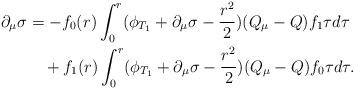
LaTeX: \begin{align*}\partial_\mu\sigma&=-f_0(r)\int_0^r(\phi_{T_1}+\partial_\mu\sigma-\frac{r^2}{2})(Q_\mu-Q)f_1\tau d\tau\\&\quad+f_1(r)\int_0^r (\phi_{T_1}+\partial_\mu\sigma-\frac{r^2}{2})(Q_\mu-Q)f_0\tau d\tau.\end{align*}